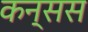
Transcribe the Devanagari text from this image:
कन्सस